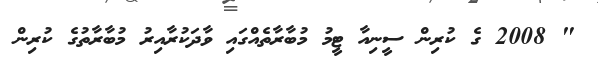
" 2008 ގެ ކުރިން ސީނިއާ ޓީމު މުބާރާތެއްގައި ވާދަކުރާއިރު މުބާރާތުގެ ކުރިން